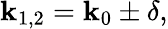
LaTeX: \mathbf{k}_{1,2}=\mathbf{k}_{0}\pm\delta,